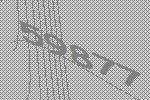
59877